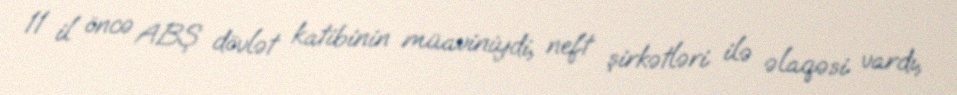
11 il öncə ABŞ dövlət katibinin müaviniydi, neft şirkətləri ilə əlaqəsi vardı,